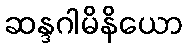
ဆန္ဒဂါမိနိယော